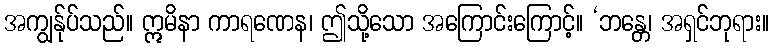
အကျွန်ုပ်သည်။ ဣမိနာ ကာရဏေန၊ ဤသို့သော အကြောင်းကြောင့်။ ‘ဘန္တေ၊ အရှင်ဘုရား။